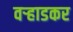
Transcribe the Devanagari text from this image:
वर्‍हाडकर